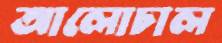
আলোচাল